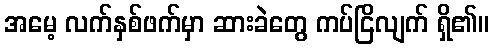
အမေ့ လက်နှစ်ဖက်မှာ ဆားခဲတွေ ကပ်ငြိလျက် ရှိ၏။